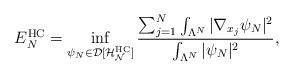
LaTeX: \begin{align*}E_N^\mathrm{HC}=\inf_{\psi_N\in\mathcal{D[H_N^\mathrm{HC}]}}\frac{\sum_{j=1}^N \int_{\Lambda^N}|\nabla_{x_j}\psi_N|^2}{\int_{\Lambda^N}|\psi_N|^2},\end{align*}